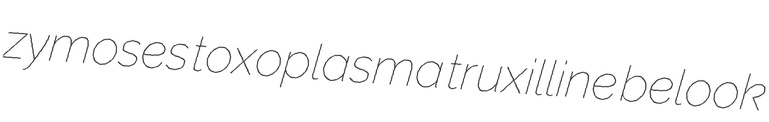
zymoses toxoplasma truxilline belook